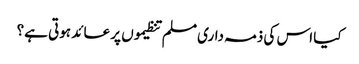
کیا اس کی ذمہ داری مسلم تنظیموں پر عائد ہوتی ہے؟